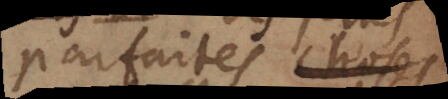
parfaites choses